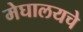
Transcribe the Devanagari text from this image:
मेघालयचे